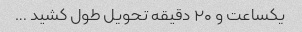
یکساعت و ۲۰ دقیقه تحویل طول کشید …